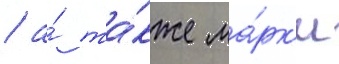
/ а́ та́кже ма́рк'и